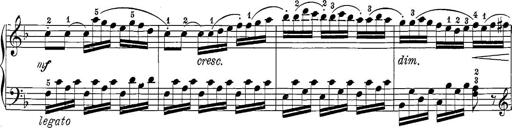
Title: 12 Sonatine per Pianoforte
Composer: Friedrich Kuhlau